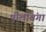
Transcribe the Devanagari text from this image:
पीलीबंगा